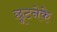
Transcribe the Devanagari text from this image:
छूटनेके